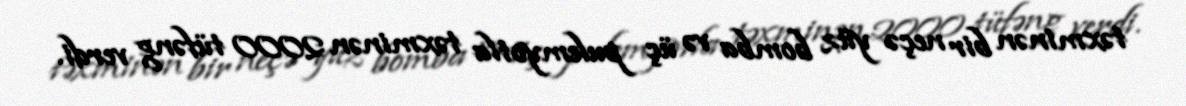
təxminən bir neçə yüz bomba və üç pulemyotla təxminən 2000 tüfəng verdi.